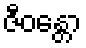
ဇီဝန္တော